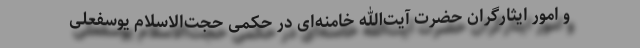
و امور ایثارگران حضرت آیت‌الله خامنه‌ای در حکمی حجت‌الاسلام یوسفعلی